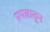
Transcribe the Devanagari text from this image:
प्रयत्नातुन